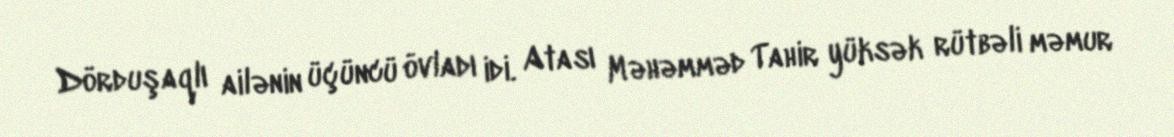
Dörduşaqlı ailənin üçüncü övladı idi. Atası Məhəmməd Tahir yüksək rütbəli məmur